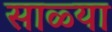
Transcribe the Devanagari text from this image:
साळ्या